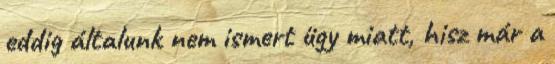
eddig általunk nem ismert ügy miatt, hisz már a